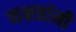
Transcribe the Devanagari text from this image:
नक्षत्रांनी